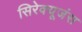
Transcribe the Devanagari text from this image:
सिरेक्यूजंस